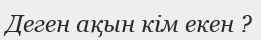
Деген ақын кім екен ?